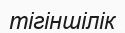
тігіншілік